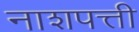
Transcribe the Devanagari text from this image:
नाशपत्ती